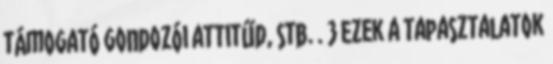
támogató gondozói attitűd, stb. . 3 Ezek a tapasztalatok